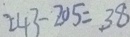
2 4 3 - 2 0 5 = 3 8